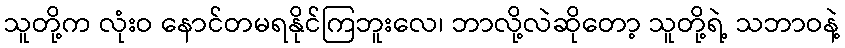
သူတို့က လုံးဝ နောင်တမရနိုင်ကြဘူးလေ၊ ဘာလို့လဲဆိုတော့ သူတို့ရဲ့ သဘာဝနဲ့